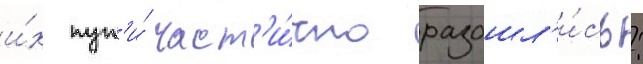
и́х пут'и́ част'и́чно разошл'и́сь: